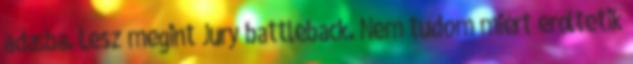
adásba. Lesz megint Jury battleback. Nem tudom miért erőltetik